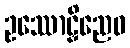
ဥဿောဠှိညေဝ